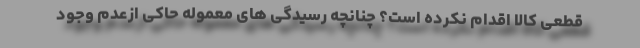
قطعی کالا اقدام نکرده است؟ چنانچه رسیدگی های معموله حاکی ازعدم وجود